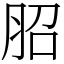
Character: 𦚔